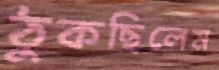
ঠুকছিলেম